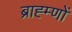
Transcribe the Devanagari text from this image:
ब्राह्म्णों